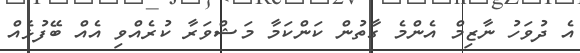
އެ ދުވަހު ނާޒިމް އެންމެ ގާތުން ކަންކަމާ މަޝްވަރާ ކުރެއްވި އެއް ބޭފުޅެއް